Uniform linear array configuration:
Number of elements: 12
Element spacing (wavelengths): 0.5
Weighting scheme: binomial
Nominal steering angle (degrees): -15
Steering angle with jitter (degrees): -16.406
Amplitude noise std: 0.05
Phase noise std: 0.05

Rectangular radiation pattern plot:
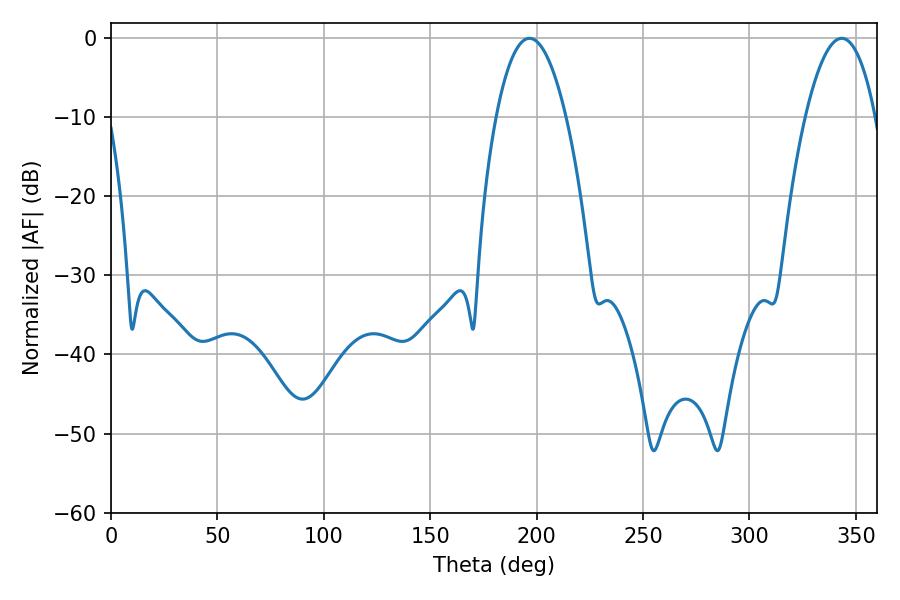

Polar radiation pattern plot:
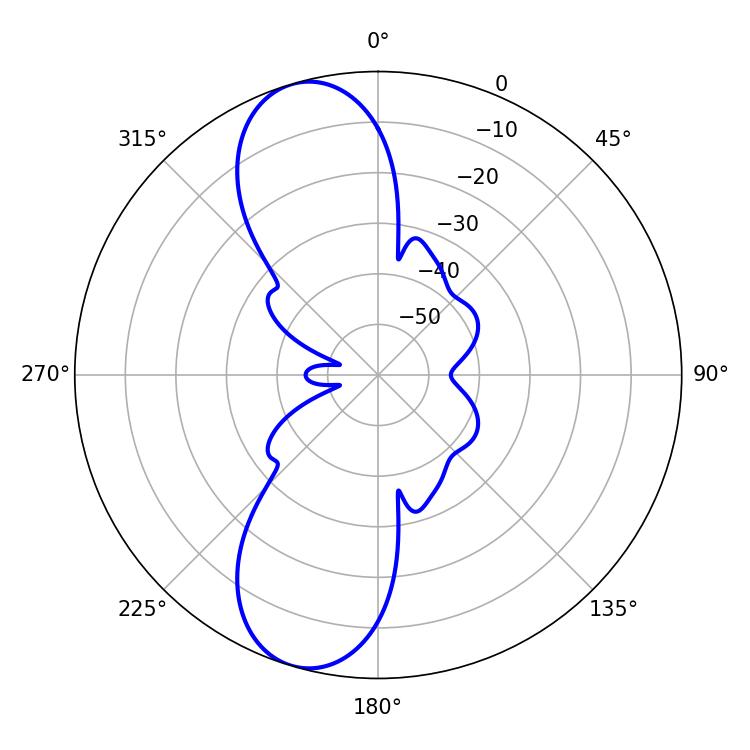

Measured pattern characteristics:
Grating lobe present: FALSE
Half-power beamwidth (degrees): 18.18
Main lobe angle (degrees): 196.56